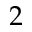
2